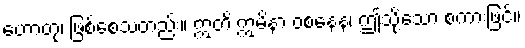
ဟောတု၊ ဖြစ်စေသတည်း။ ဣတိ ဣမိနာ ဝစနေန၊ ဤသို့သော စကားဖြင့်။